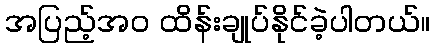
အပြည့်အဝ ထိန်းချုပ်နိုင်ခဲ့ပါတယ်။